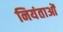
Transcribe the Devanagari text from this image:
नियंताओं